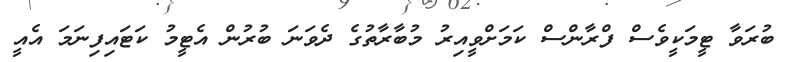
ބުރަވާ ޓީމަކީވެސް ފްރާންސް ކަމަށްވީއިރު މުބާރާތުގެ ދެވަނަ ބުރުން އެޓީމު ކަޓައިފިނަމަ އެއީ